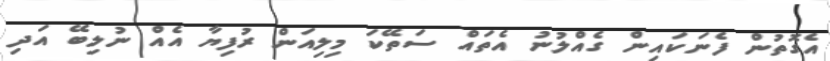
އެގޮތުން ފެނަކައިން ގެއްލުނު އެތައް ސަތޭކަ މިލިއަން ރުފިޔާ އެއް ނުލިބޭ އަދި